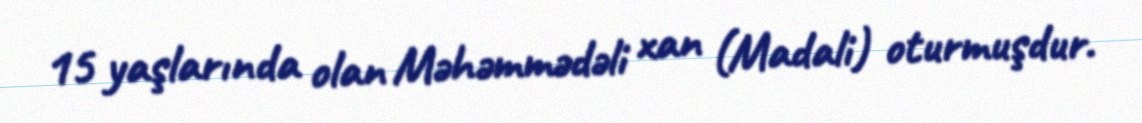
15 yaşlarında olan Məhəmmədəli xan (Madali) oturmuşdur.